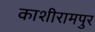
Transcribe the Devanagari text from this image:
काशीरामपुर